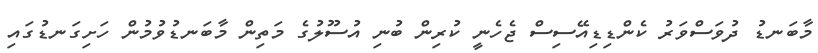
މާބަނޑު ދުވަސްވަރު ކެންޑިޑިއޭސިސް ޖެހެނީ ކުރިން ބުނި އުސޫލުގެ މަތިން މާބަނޑުވުމުން ހަށިގަނޑުގައި